Report on vaccination in the Province of Bengal - 1869-1873
Year: 1869
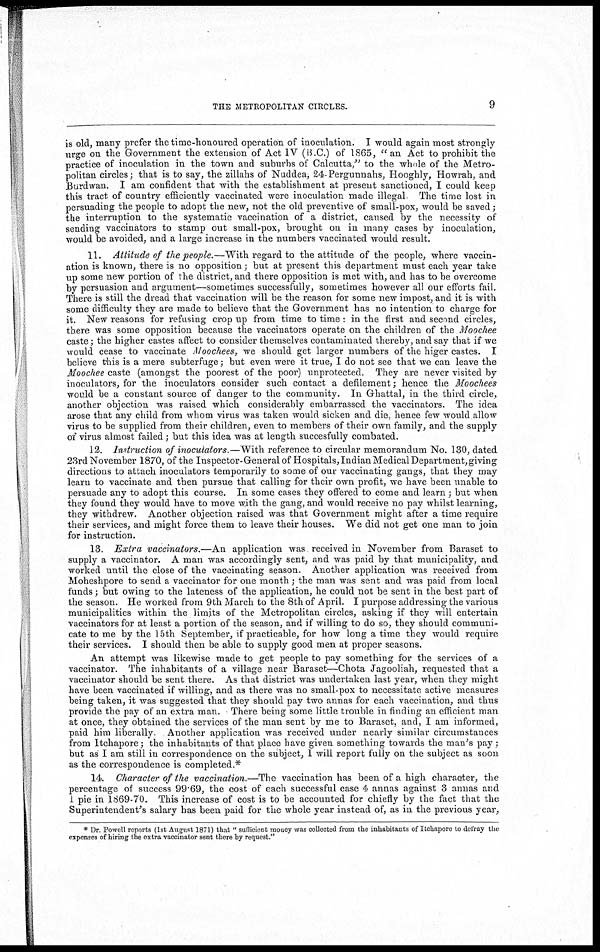
THE METROPOLITAN CIRCLES.
9
is old, many prefer the time-honoured operation of inoculation. I would again most strongly
urge on the Government the extension of Act IV (B.C.) of 1865, "an Act to prohibit the
practice of inoculation in the town and suburbs of Calcutta," to the whole of the Metro-
politan circles; that is to say, the zillahs of Nuddea, 24-Pergunnahs, Hooghly, Howrah, and
Burdwan. I am confident that with the establishment at present sanctioned, I could keep
this tract of country efficiently vaccinated were inoculation made illegal The time lost in
persuading the people to adopt the new, not the old preventive of small-pox, would be saved ;
the interruption to the systematic vaccination of a district, caused by the necessity of
sending vaccinators to stamp out small-pox, brought on in many cases by inoculation,
would be avoided, and a large increase in the numbers vaccinated would result.
11. Attitude of the people.—With regard to the attitude of the people, where vaccin-
ation is known, there is no opposition; but at present this department must each year take
up some new portion of the district, and there opposition is met with, and has to be overcome
by persuasion and argument—sometimes successfully, sometimes however all our efforts fail.
There is still the dread that vaccination will be the reason for some new impost, and it is with
some difficulty they are made to believe that the Government has no intention to charge for
it. New reasons for refusing crop up from time to time : in the first and second circles,
there was some opposition because the vaccinators operate on the children of the Moochee
caste; the higher castes affect to consider themselves contaminated thereby, and say that if we
would cease to vaccinate Moochees, we should get larger numbers of the higer castes. I
believe this is a mere subterfuge; but even were it true, I do not see that we can leave the
Moochee caste (amongst the poorest of the poor) unprotected. They are never visited by
inoculators, for the inoculators consider such contact a defilement; hence the Moochees
would be a constant source of danger to the community. In Ghattal, in the third circle,
another objection was raised which considerably embarrassed the vaccinators. The idea
arose that any child from whom virus was taken would sicken and die, hence few would allow
virus to be supplied from their children, even to members of their own family, and the supply
of virus almost failed; but this idea was at length succesfully combated.
12. Instruction of inoculators.—With reference to circular memorandum No. 130, dated
23rd November 1870, of the Inspector-General of Hospitals, Indian Medical Department, giving
directions to attach inoculators temporarily to some of our vaccinating gangs, that they may
learn to vaccinate and then pursue that calling for their own profit, we have been unable to
persuade any to adopt this course. In some cases they offered to come and learn; but when
they found they would have to move with the gang, and would receive no pay whilst learning,
they withdrew. Another objection raised was that Government might after a time require
their services, and might force them to leave their houses. We did not get one man to join
for instruction.
13. Extra vaccinators.—An application was received in November from Baraset to
supply a vaccinator. A man was accordingly sent, and was paid by that municipality, and
worked until the close of the vaccinating season. Another application was received from
Moheshpore to send a vaccinator for one month; the man was sent and was paid from local
funds; but owing to the lateness of the application, he could not be sent in the best part of
the season. He worked from 9th March to the 8th of April. I purpose addressing the various
municipalities within the limits of the Metropolitan circles, asking if they will entertain
vaccinators for at least a portion of the season, and if willing to do so, they should communi-
cate to me by the 15th September, if practicable, for how long a time they would require
their services. I should then be able to supply good men at proper seasons.
An attempt was likewise made to get people to pay something for the services of a
vaccinator. The inhabitants of a village near Baraset—Chota Jagooliah, requested that a
vaccinator should be sent there. As that district was undertaken last year, when they might
have been vaccinated if willing, and as there was no small-pox to necessitate active measures
being taken, it was suggested that they should pay two annas for each vaccination, and thus
provide the pay of an extra man. There being some little trouble in finding an efficient man
at once, they obtained the services of the man sent by me to Baraset, and, I am informed,
paid him liberally. Another application was received under nearly similar circumstances
from Itchapore; the inhabitants of that place have given something towards the man's pay;
but as I am still in correspondence on the subject, I will report fully on the subject as soon
as the correspondence is completed.*
14. Character of the vaccination.—The vaccination has been of a high character, the
percentage of success 99.69, the cost of each successful case 4 annas against 3 annas and
1 pie in 1869-70. This increase of cost is to be accounted for chiefly by the fact that the
Superintendent's salary has been paid for the whole year instead of, as in the previous year,
* Dr Powell reports (1st August 1871) that " sufficient money was collected from the inhabitants of Itchnpore to detray the
expenses of hiring the extra vaccinator sent there by request."